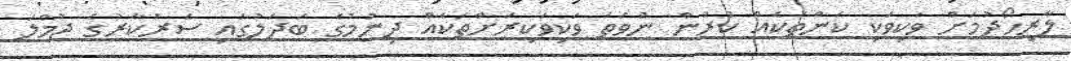
ލާރިހޯދުމަށް ވަކިވަކި ކަންތަކެއް ކުރުން ނުވަތަ ވަކިވަކިރަށްތަކެއް ދިނުމުގެ ބަދަލުގައި ސަރުކާރުގެ ޖުމްލަ